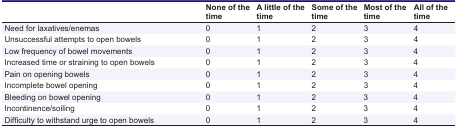
<table><thead><tr><td></td><td><b>None of the time</b></td><td><b>A little of the time</b></td><td><b>Some of the time</b></td><td><b>Most of the time</b></td><td><b>All of the time</b></td></tr></thead><tbody><tr><td> Need for laxatives/enemas </td><td> 0 </td><td> 1 </td><td> 2 </td><td> 3 </td><td> 4 </td></tr><tr><td> Unsuccessful attempts to open bowels </td><td> 0 </td><td> 1 </td><td> 2 </td><td> 3 </td><td> 4 </td></tr><tr><td> Low frequency of bowel movements </td><td> 0 </td><td> 1 </td><td> 2 </td><td> 3 </td><td> 4 </td></tr><tr><td> Increased time or straining to open bowels </td><td> 0 </td><td> 1 </td><td> 2 </td><td> 3 </td><td> 4 </td></tr><tr><td> Pain on opening bowels </td><td> 0 </td><td> 1 </td><td> 2 </td><td> 3 </td><td> 4 </td></tr><tr><td> Incomplete bowel opening </td><td> 0 </td><td> 1 </td><td> 2 </td><td> 3 </td><td> 4 </td></tr><tr><td> Bleeding on bowel opening </td><td> 0 </td><td> 1 </td><td> 2 </td><td> 3 </td><td> 4 </td></tr><tr><td> Incontinence/soiling </td><td> 0 </td><td> 1 </td><td> 2 </td><td> 3 </td><td> 4 </td></tr><tr><td> Difficulty to withstand urge to open bowels </td><td> 0 </td><td> 1 </td><td> 2 </td><td> 3 </td><td> 4 </td></tr></tbody></table>